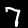
Label: 7